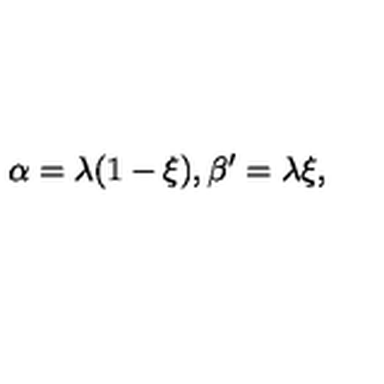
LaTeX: \alpha = \lambda ( 1 - \xi ) , \beta ^ { \prime } = \lambda \xi ,